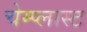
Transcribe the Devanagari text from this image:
चेम्प्लास्ट